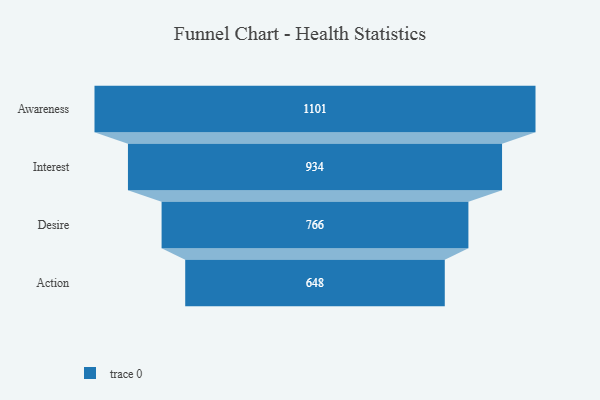
{"axis": {"x": "Stage", "y": "Value"}, "legend": [""], "data": [{"x": "Awareness", "y": 1101.0, "type": ""}, {"x": "Interest", "y": 934.0, "type": ""}, {"x": "Desire", "y": 766.0, "type": ""}, {"x": "Action", "y": 648.0, "type": ""}]}